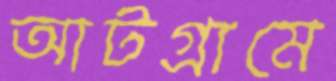
আটগ্রামে